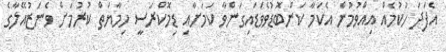
އެފަދަ ހުކުމެއް އިއްވުމުން އެކަމާ ކަންބޮޑުވެވަޑައިގަންވާ ކަމަށާއި ޑިމޮކްރަސީ ހިމާޔަތް ކުރުމަށް ވެނަޒުއޭލާގެ